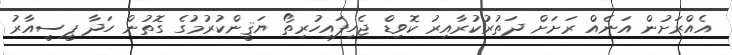
އެއްރަށުން އަނެއް ރަށަށް ދަތުރުކުރާއިރު ކޮވިޑް ޖެހިފައިހުރިތޯ ޔަޤީންކުރުމުގެ ގޮތުން ހަދާ ޕީސީއާރު